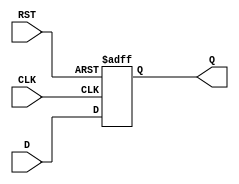
module FlipFlopRegister #(
    parameter N = 8  // Width of the register (number of bits)
) (
    input wire [N-1:0] D,    // Data input
    input wire CLK,           // Clock input
    input wire RST,           // Asynchronous reset
    output reg [N-1:0] Q      // Data output
);

    // Asynchronous reset behavior
    always @(posedge CLK or posedge RST) begin
        if (RST) begin
            Q <= {N{1'b0}};  // Reset all bits to 0
        end else begin
            Q <= D;          // Load data on clock edge
        end
    end

endmodule